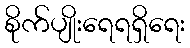
စိုက်ပျိုးရေရရှိရေး